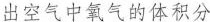
出空气中氧气的体积分